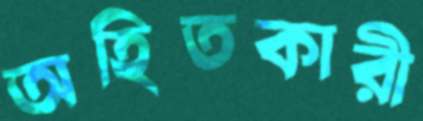
অহিতকারী